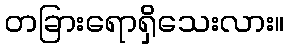
တခြားရောရှိသေးလား။